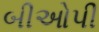
બીઓપી